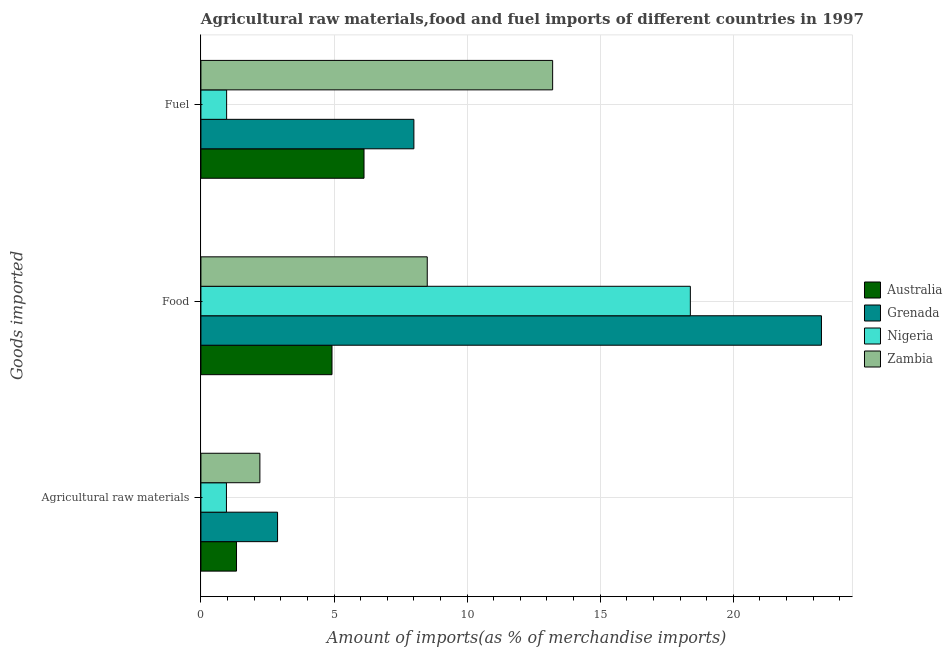
| Goods imported | Australia | Grenada | Nigeria | Zambia |
 | --- | --- | --- | --- | --- |
 | Agricultural raw materials | 1.34 | 2.88 | 0.959 | 2.22 |
 | Food | 4.92 | 23.3 | 18.4 | 8.5 |
 | Fuel | 6.13 | 8 | 0.966 | 13.2 |